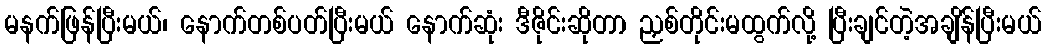
မနက်ဖြန်ပြီးမယ်၊ နောက်တစ်ပတ်ပြီးမယ် နောက်ဆုံး ဒီဇိုင်းဆိုတာ ညှစ်တိုင်းမထွက်လို့ ပြီးချင်တဲ့အချိန်ပြီးမယ်